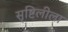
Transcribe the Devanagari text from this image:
सृष्टिलीला